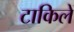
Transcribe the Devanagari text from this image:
टाकिलें